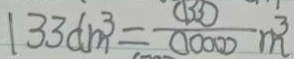
1 3 3 d m ^ { 3 } = \frac { ( 1 3 3 ) } { ( 1 0 0 0 ) } m ^ { 3 }